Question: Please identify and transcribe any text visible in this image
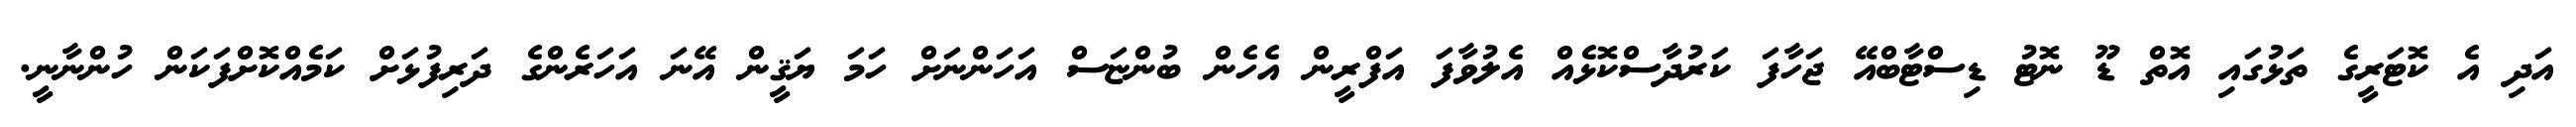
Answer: އަދި އެ ކޮޓަރީގެ ތަޅުގައި އޮތް ޑޫ ނޮޓު ޑިސްޓާބްއޭ ޖަހާފަ ކަރުދާސްކޮޅެއް އެލުވާފަ އަފްރީން އެހެން ބުންޏަސް އަހަންނަށް ހަމަ ޔަޤީން އޭނަ އަހަރެންގެ ދަރިފުޅަށް ކަމެއްކޮށްފަކަން ހުންނާނީ.